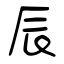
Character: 辰